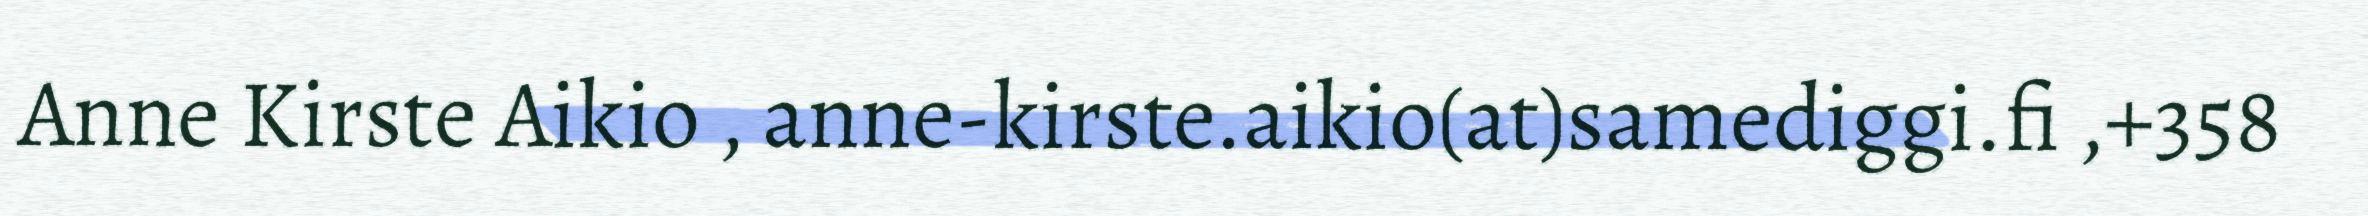
Anne Kirste Aikio , anne-kirste.aikio(at)samediggi.fi ,+358